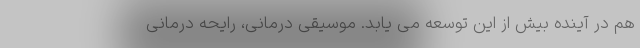
هم در آینده بیش از این توسعه می یابد. موسیقی درمانی، رایحه درمانی